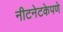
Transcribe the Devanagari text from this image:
नीटनेटकेपणे